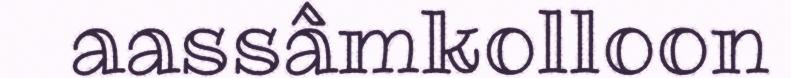
aassâmkolloon